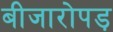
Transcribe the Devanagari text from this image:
बीजारोपड़